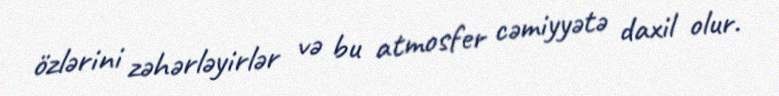
özlərini zəhərləyirlər və bu atmosfer cəmiyyətə daxil olur.